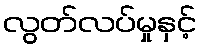
လွတ်လပ်မှုနှင့်